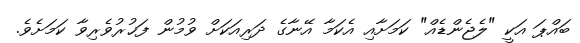
ބައްޕަ އަކީ "ލެޖެންޑެއް" ކަމަށާއި އެކަމާ އޭނާގެ ދަރިއަކަށް ވުމުން ފަޚުރުވެރިވާ ކަމަށެވެ.